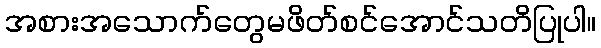
အစားအသောက်တွေမဖိတ်စင်အောင်သတိပြုပါ။